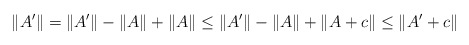
\begin{align*}\|A'\| = \|A'\| -\|A\| + \|A\| \leq \|A'\| -\|A\| + \|A + c\| \leq \|A' + c\|\end{align*}